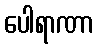
ပေါရာဏာ